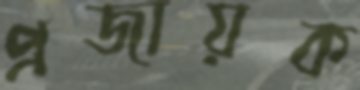
প্রজায়ক